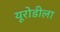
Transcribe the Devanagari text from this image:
यूरोडीला